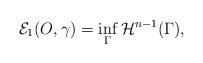
LaTeX: \begin{align*} \mathcal E_1(O,\gamma) = \inf_\Gamma \mathcal{H}^{n-1}(\Gamma),\end{align*}